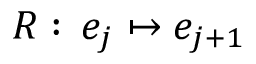
R : \, e _ { j } \mapsto e _ { j + 1 }